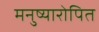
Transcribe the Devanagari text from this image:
मनुष्यारोपित